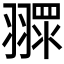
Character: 𦑶